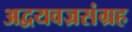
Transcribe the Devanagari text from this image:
अद्वयवज्रसंग्रह